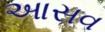
આસવ